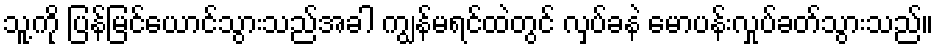
သူ့ကို ပြန်မြင်ယောင်သွားသည်အခါ ကျွန်မရင်ထဲတွင် လှပ်ခနဲ မောပန်းလှုပ်ခတ်သွားသည်။